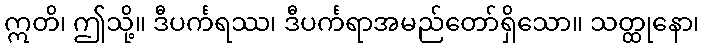
ဣတိ၊ ဤသို့။ ဒီပင်္ကရဿ၊ ဒီပင်္ကရာအမည်တော်ရှိသော။ သတ္ထုနော၊